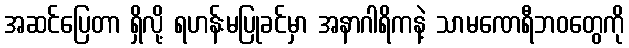
အဆင်ပြေတာ ရှိလို့ ရဟန်းမပြုခင်မှာ အနာဂါရိကနဲ့ သာမဏေရီဘဝတွေကို